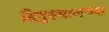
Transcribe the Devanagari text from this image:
हिदुस्थानच्या